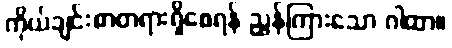
ကိုယ်ချင်းစာတရားရှိစေရန် ညွှန်ကြားသော ဂါထာ။